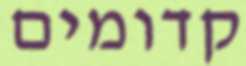
קדומים